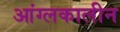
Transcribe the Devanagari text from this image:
आंग्लकालीन